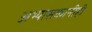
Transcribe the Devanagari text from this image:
अभ्यासकानीही